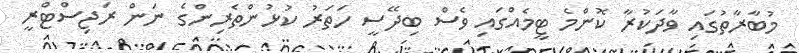
މުބާރާތުގައި ވާދަކުރާ ކޮންމެ ޓީމެއްގައި ވެސް ބިދޭސީ ހަތަރު ކުޅުންތެރިންގެ ނަން ރަޖިސްޓްރީ